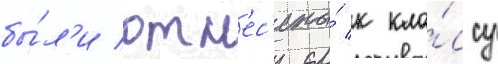
бы́л'и отн'ес'ены́ к кла́ссу